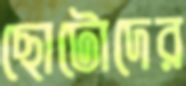
ছোটোদের